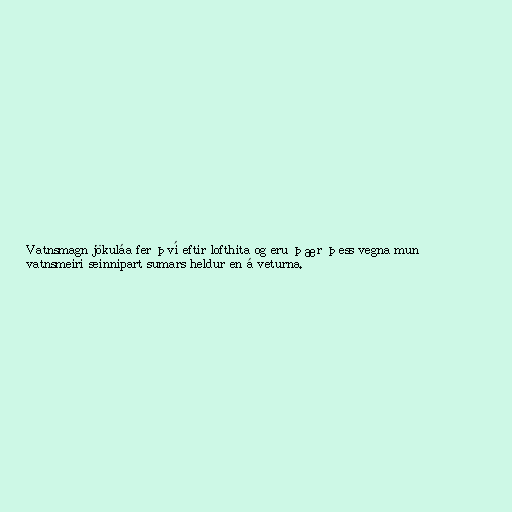
Vatnsmagn jökuláa fer því eftir lofthita og eru þær þess vegna mun
vatnsmeiri seinnipart sumars heldur en á veturna.